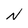
Character: N